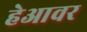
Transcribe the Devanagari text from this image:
हेआवर